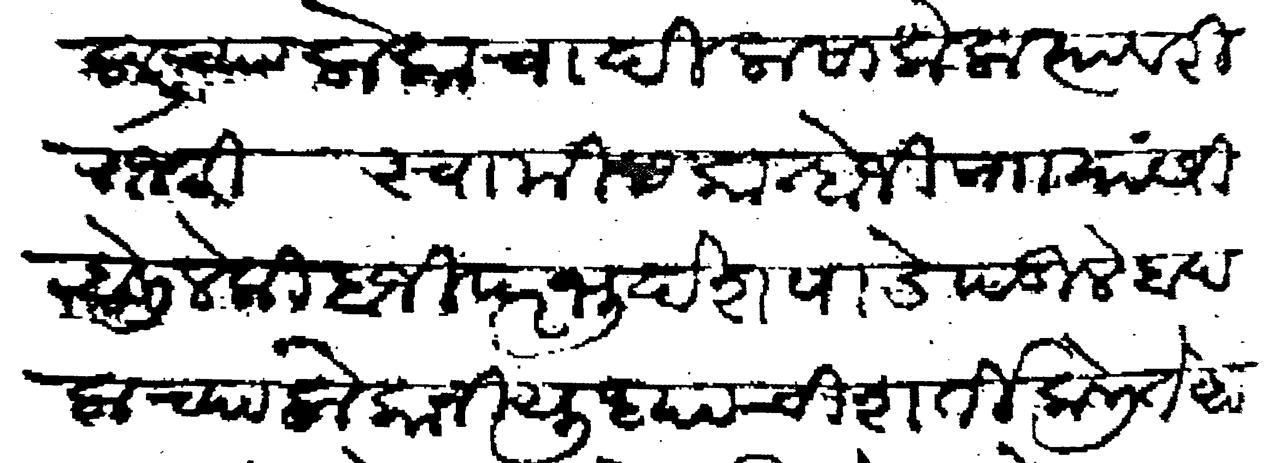
Transliteration (Devanagari): बादलाच्या लोकाचा दिलासा केला त्यावरी राजश्री स्वामी कान्होजी नाा यांसी बोलिले की बाजी परभु देशपांडे पडिले बांदलाच्या लोकानी युध्याची शर्ती केली तेव्हां